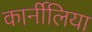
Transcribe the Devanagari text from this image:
कार्नीलिया